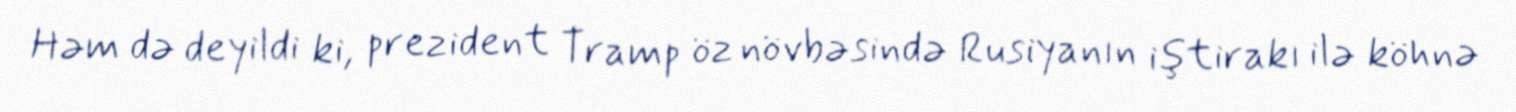
Həm də deyildi ki, prezident Tramp öz növbəsində Rusiyanın iştirakı ilə köhnə